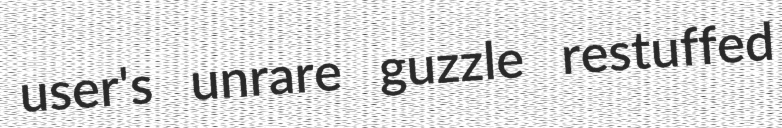
user's unrare guzzle restuffed